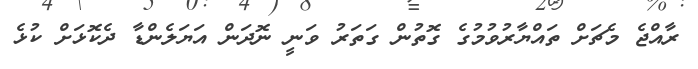
ރާއްޖެ މެޗަށް ތައްޔާރުވުމުގެ ގޮތުން ގަތަރު ވަނީ ނޮދަން އަޔަލެންޑާ ދެކޮޅަށް ކުޅެ